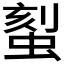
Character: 𫋉